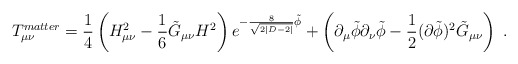
\begin{align*}T_{\mu\nu}^{matter} = \frac{1}{4} \left( H^2_{\mu\nu} - \frac{1}{6} \tilde{G}_{\mu\nu} H^2 \right) e^{-\frac{8}{\sqrt{2|D-2|}}\tilde{\phi}}+ \left( \partial_{\mu}\tilde{\phi} \partial_{\nu}\tilde{\phi} - \frac{1}{2} (\partial \tilde{\phi} )^2 \tilde{G}_{\mu\nu} \right)~.\end{align*}